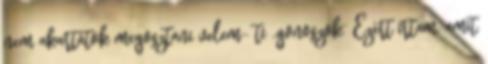
nem akartátok megosztani velem- ti „gonoszok” Ezért írtam, amit